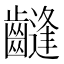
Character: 𱌤